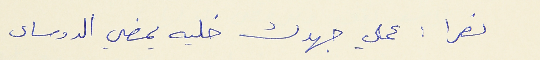
نصرا : عملي جهدك خليه يمضي الدوساى